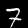
Label: 7